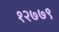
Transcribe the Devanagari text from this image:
१२७७९